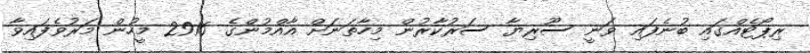
ރިޕޯޓެއްގައި ބުނެފައި ވަނީ ސޫރިޔާ ސަރުކާރުން މިހާތަނަށް އާއްމުންގެ 2916 މީހުން މަރުވެފައިވާ